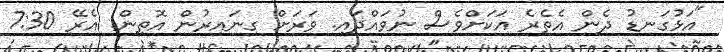
"އަޅުގަނޑު ދެން އެތެރެ އަކަށްވެސް ނުވައްދައި. ވަރަށް ގިނައިރުން އޮތިން. އެރޭ 7:30